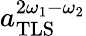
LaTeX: a_{\mathrm{TLS}}^{2\omega_{1}-\omega_{2}}